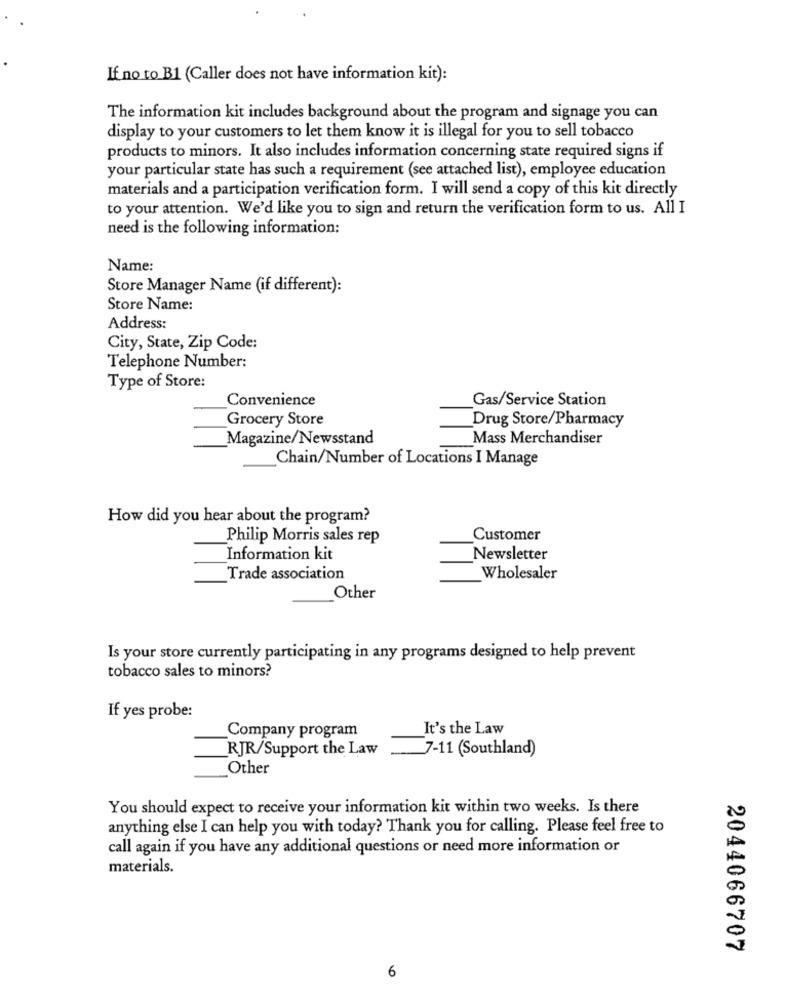
If no to B1 (Caller does not have information kit):
The information kit includes background about the program and signage you can
display to your customers to let them know it is illegal for you to sell tobacco
products to minors. It also includes information concerning state required signs if
your particular state has such a requirement (see attached list), employee education
materials and a participation verification form. I will send a copy of this kit directly
to your attention. We'd like you to sign and return the verification form to us. All I
need is the following information:
Name:
Store Manager Name (if different):
Store Name:
Address:
City, State, Zip Code:
Telephone Number:
Type of Store:
Convenience
Gas/Service Station
Grocery Store
Drug Store/Pharmacy
Magazine/Newsstand
Mass Merchandiser
Chain/Number of Locations I Manage
How did you hear about the program?
Philip Morris sales rep
Customer
Information kit
Newsletter
Trade association
Wholesaler
Other
Is your store currently participating in any programs designed to help prevent
tobacco sales to minors?
If yes probe:
Company program
It's the Law
RJR/Support the Law
7-11 (Southland)
Other
You should expect to receive your information kit within two weeks. Is there
anything else I can help you with today? Thank you for calling. Please feel free to
call again if you have any additional questions or need more information or
materials.
2044066707
6